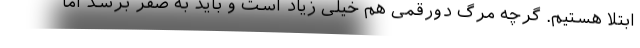
ابتلا هستیم. گرچه مرگ دورقمی هم خیلی زیاد است و باید به صفر برسد اما